Annual report on the Civil Veterinary Department, Burma (including the Insein Veterinary School) - 1932-1941
Year: 1932
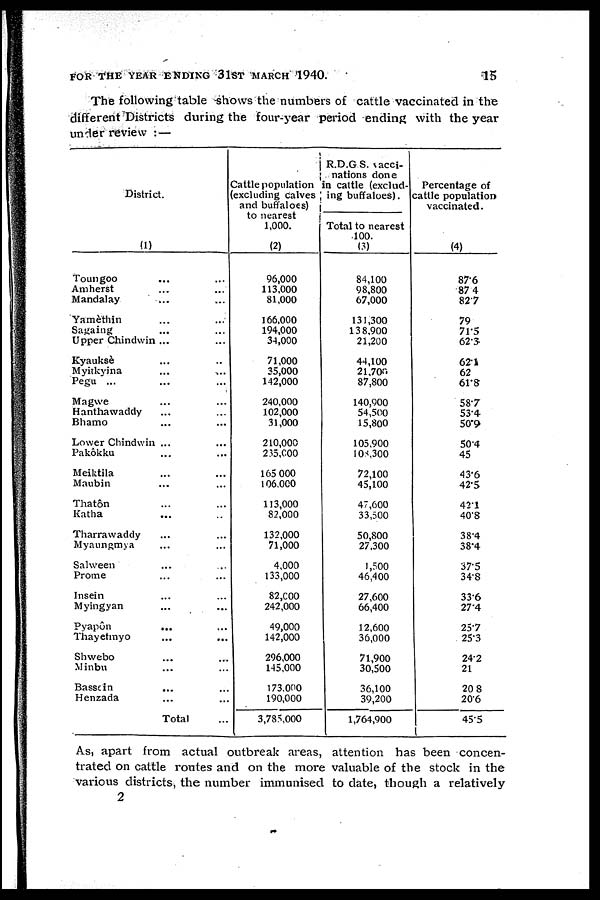
FOR THE YEAR ENDING 3lST MARCH 1940.
15
The following table shows the numbers of cattle vaccinated in the
different Districts during the four-year period ending with the year
under review : —
District.
(1)
Toungoo ... ...
Amherst ... ...
Mandalay ... ...
Yamèthin ... ...
Sagaing ... ...
Upper Chindwin ... ...
Kyauksè ... ...
Myitkyina ... ...
Pegu ... ... ...
Magwe ... ...
Hanthawaddy ... ...
Bhamo ... ...
Lower Chindwin ... ...
Pakôkku ... ...
Meiktila ... ...
Maubin ... ...
Thatôn ... ...
Katha ... ...
Tharrawaddy ... ...
Myaungmya ... ...
Salween ... ...
Prome ... ...
Insein ... ...
Myingyan ... ...
Pyapôn ... ...
Thayetmyo ... ...
Shwebo ... ...
Minbn ... ...
Bassein
... ...
Henzada ... ...
Total ...
Cattle population
excluding calves
and buffaloes)
to nearest
1,000.
(2)
96,000
113,000
81,000
166,000
194,000
3-1,000
71,000
35,000
142,000
240,000
102,000
31,000
210,000
235,000
165 000
106,000
113,000
82,000
132,000
71,000
4,000
133,000
82,000
242,000
49,000
142,000
296,000
145,000
173,000
190,000
3,785,000
R.D.G S. vacci-
nations done
in cattle (exclud-
ing buffaloes).
Total to nearest
100.
(3)
84,100
98,800
67,000
131,300
138,900
21,200
44,100
21,700
87,800
140,900
54,500
15,800
105,900
108,300
72,100
45,100
47,600
33,500
50,800
27,300
1,500
46,400
27,600
66,400
12,600
36,000
71,900
30,500
36,100
39,200
1,764,900
Percentage of
cattle population
vaccinated.
(4)
87.6
87.4
82.7
79
71.5
62.3
621
62
61.8
58.7
53.4
50.9
50.4
45
43.6
42.5
421
40.8
38.4
38.4
37.5
34.8
336
27.4
257
25.3
24.2
21
20 8
20.6
45.5
As, apart from actual outbreak areas, attention has been concen-
trated on cattle routes and on the more valuable of the stock in the
various districts, the number immunised to date, though a relatively
2